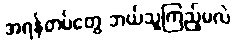
အရန်တပ်တွေ ဘယ်သူကြည့်မလဲ